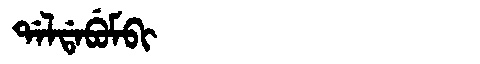
Manchu: ᡩᠠᠯᡩᠠᠪᡠᠮᠪᡳ
Romanization: DALDABUMBI